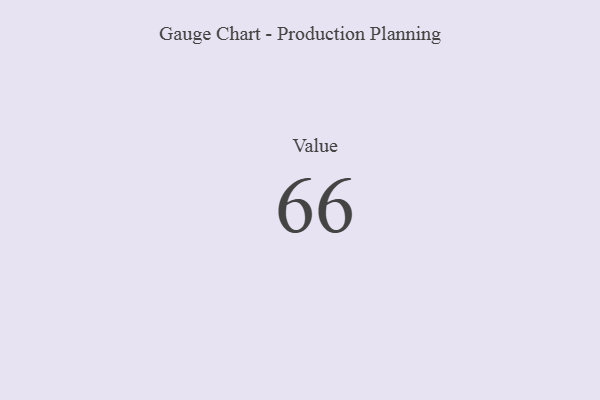
{"axis": {"x": "Metric", "y": "Value"}, "legend": [""], "data": [{"x": "Value", "y": 66, "type": ""}]}